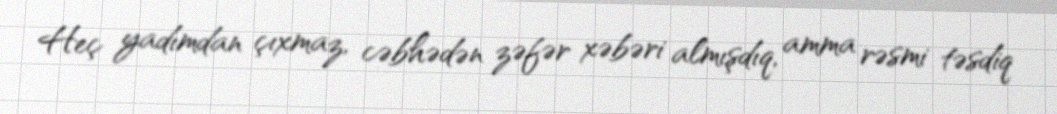
Heç yadımdan çıxmaz, cəbhədən zəfər xəbəri almışdıq, amma rəsmi təsdiq